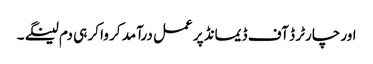
اور چارٹر ڈ آف ڈیمانڈ پر عمل درآمد کر وا کر ہی دم لینگے ۔